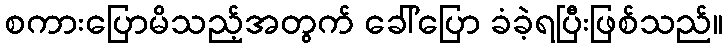
စကားပြောမိသည့်အတွက် ခေါ်ပြော ခံခဲ့ရပြီးဖြစ်သည်။